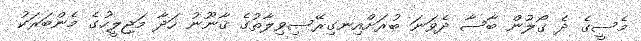
މެސީގެ ދެ ގޯލުން ބާސާ ދެވަނަ ބުރަށްއިނގިރޭސިވިލާތުގެ ޤާނޫނު ހަދާ މަޖިލީހުގެ މެންބަރަކު